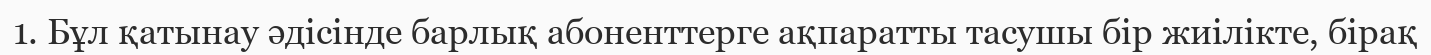
1. Бұл қатынау әдісінде барлық абоненттерге ақпаратты тасушы бір жиілікте, бірақ